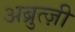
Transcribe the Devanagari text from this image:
अब्रुत्ज़ी